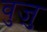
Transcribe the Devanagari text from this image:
वुज़ु